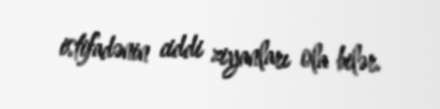
istifadənin ciddi ziyanları ola bilər.